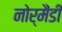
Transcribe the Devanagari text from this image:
नोर्मैंडी